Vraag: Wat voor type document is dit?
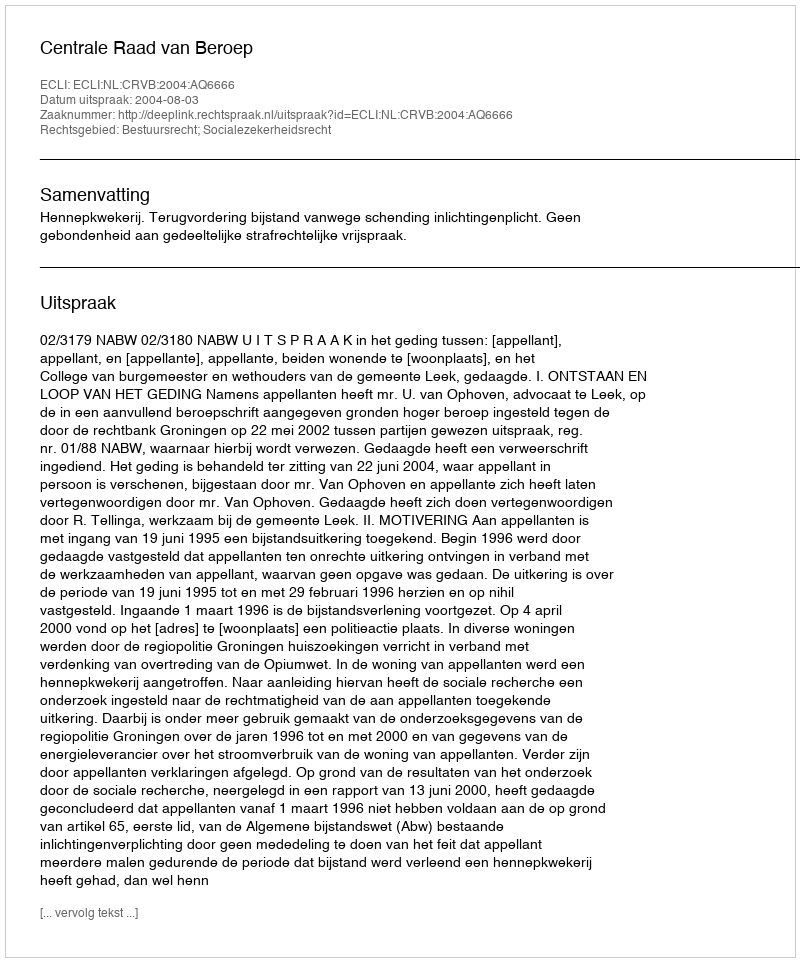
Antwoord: Uitspraak